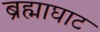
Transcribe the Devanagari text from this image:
ब्रह्माघाट